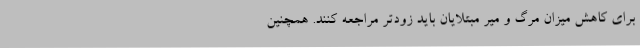
برای کاهش میزان مرگ و میر مبتلایان باید زودتر مراجعه کنند. همچنین